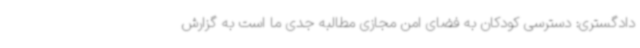
دادگستری: دسترسی کودکان به فضای امن مجازی مطالبه جدی ما است به گزارش